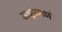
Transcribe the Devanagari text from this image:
साधूंप्रमाणे